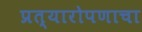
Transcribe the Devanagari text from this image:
प्रत्यारोपणाचा